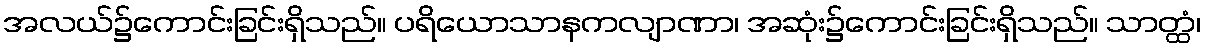
အလယ်၌ကောင်းခြင်းရှိသည်။ ပရိယောသာနကလျာဏာ၊ အဆုံး၌ကောင်းခြင်းရှိသည်။ သာတ္ထံ၊